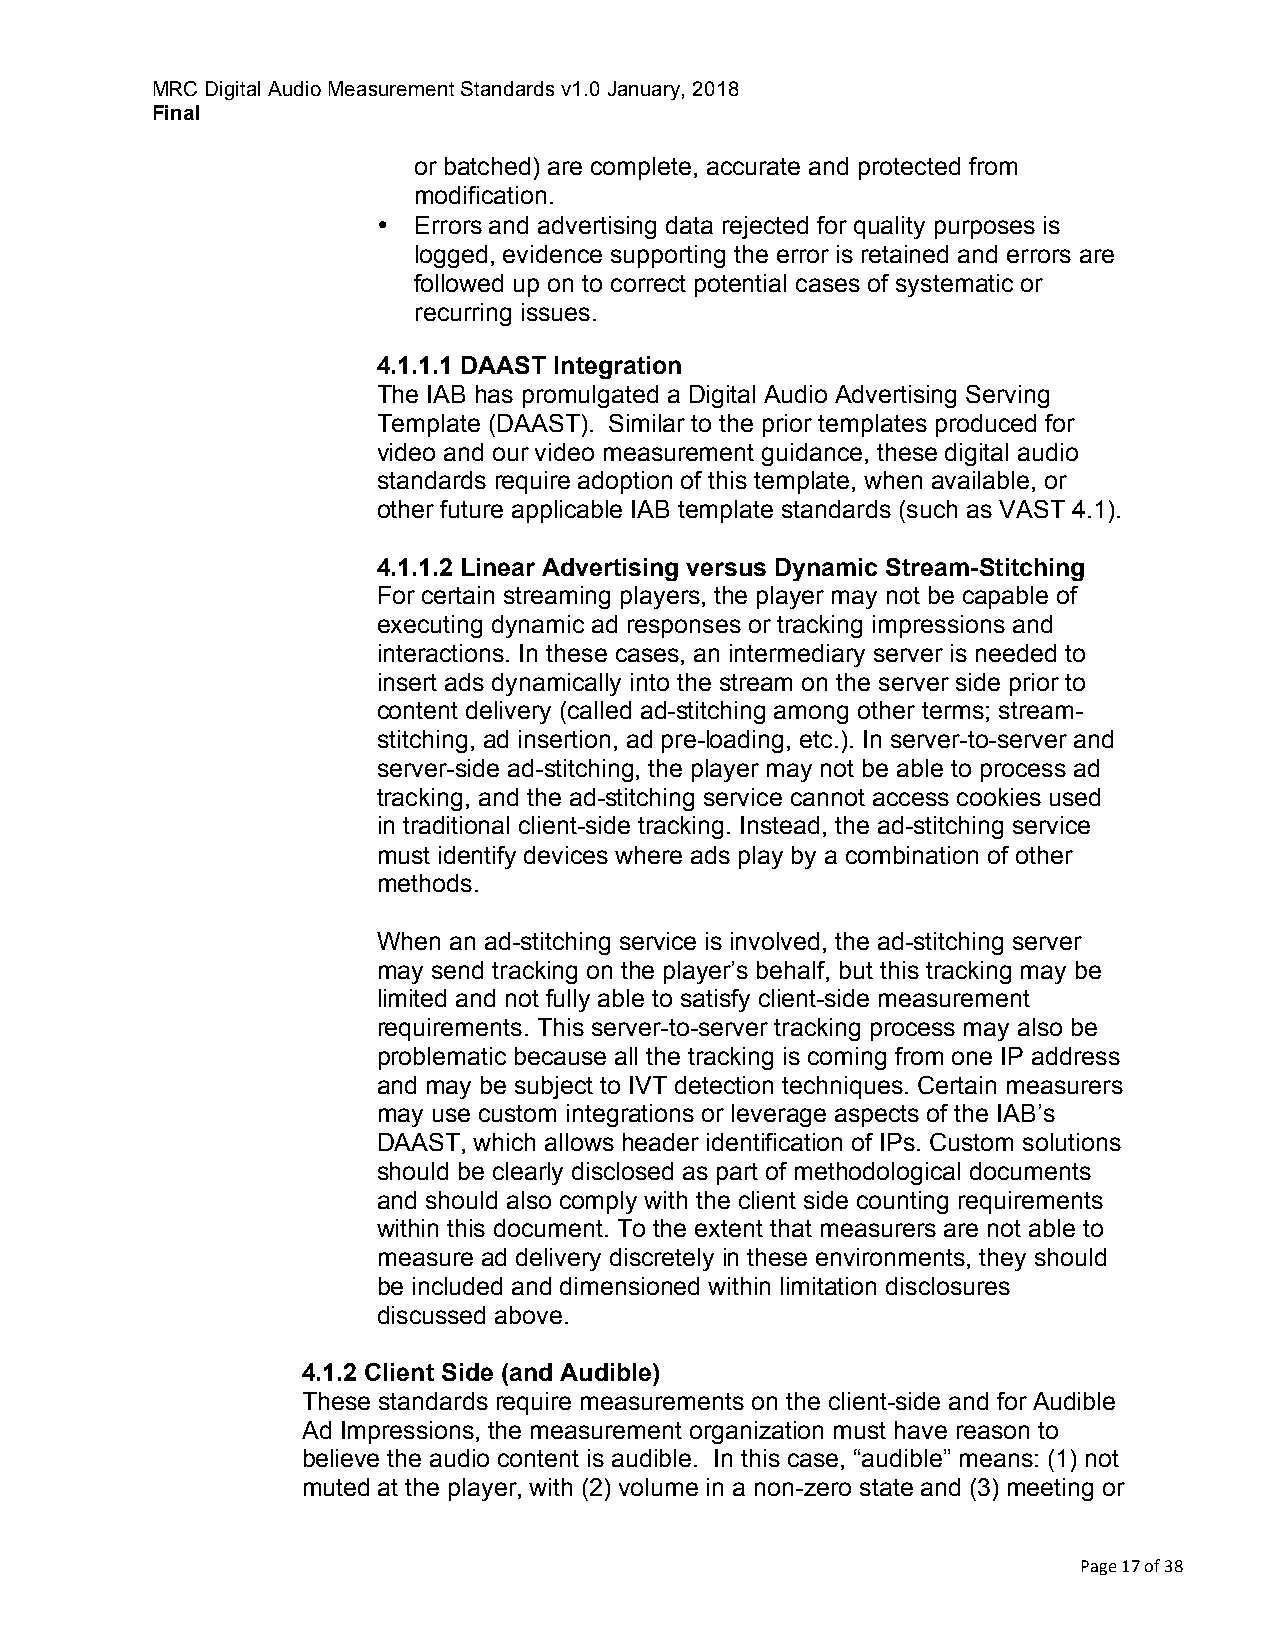
MRC Digital Audio Measurement Standards v1.0 January, 2018
 Final
 or batched) are complete, accurate and protected from
 modification.
 • Errors and advertising data rejected for quality purposes is
 logged, evidence supporting the error is retained and errors are
 followed up on to correct potential cases of systematic or
 recurring issues.
 4.1.1.1 DAAST Integration
 The IAB has promulgated a Digital Audio Advertising Serving
 Template (DAAST). Similar to the prior templates produced for
 video and our video measurement guidance, these digital audio
 standards require adoption of this template, when available, or
 other future applicable IAB template standards (such as VAST 4.1).
 4.1.1.2 Linear Advertising versus Dynamic Stream-Stitching
 For certain streaming players, the player may not be capable of
 executing dynamic ad responses or tracking impressions and
 interactions. In these cases, an intermediary server is needed to
 insert ads dynamically into the stream on the server side prior to
 content delivery (called ad-stitching among other terms; stream-
 stitching, ad insertion, ad pre-loading, etc.). In server-to-server and
 server-side ad-stitching, the player may not be able to process ad
 tracking, and the ad-stitching service cannot access cookies used
 in traditional client-side tracking. Instead, the ad-stitching service
 must identify devices where ads play by a combination of other
 methods.
 When an ad-stitching service is involved, the ad-stitching server
 may send tracking on the player’s behalf, but this tracking may be
 limited and not fully able to satisfy client-side measurement
 requirements. This server-to-server tracking process may also be
 problematic because all the tracking is coming from one IP address
 and may be subject to IVT detection techniques. Certain measurers
 may use custom integrations or leverage aspects of the IAB’s
 DAAST, which allows header identification of IPs. Custom solutions
 should be clearly disclosed as part of methodological documents
 and should also comply with the client side counting requirements
 within this document. To the extent that measurers are not able to
 measure ad delivery discretely in these environments, they should
 be included and dimensioned within limitation disclosures
 discussed above.
 4.1.2 Client Side (and Audible)
 These standards require measurements on the client-side and for Audible
 Ad Impressions, the measurement organization must have reason to
 believe the audio content is audible. In this case, “audible” means: (1) not
 muted at the player, with (2) volume in a non-zero state and (3) meeting or
 Page 17 of 38